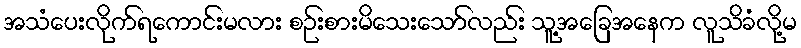
အသံပေးလိုက်ရကောင်းမလား စဉ်းစားမိသေးသော်လည်း သူ့အခြေအနေက လူသိခံလို့မ